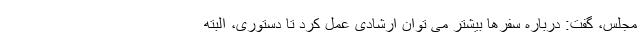
مجلس، گفت: درباره سفرها بیشتر می توان ارشادی عمل کرد تا دستوری، البته